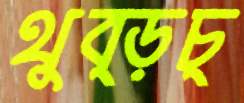
থুব্‌ড়চ্